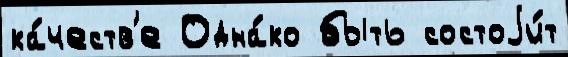
ка́честв'е Одна́ко быть состоjи́т